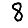
Digit: 8